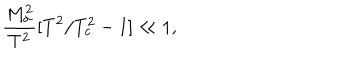
\frac { M _ { \sigma } ^ { 2 } } { T ^ { 2 } } [ T ^ { 2 } / T _ { c } ^ { 2 } - 1 ] \ll 1 ,